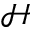
\mathscr { H }